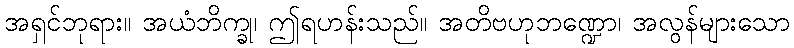
အရှင်ဘုရား။ အယံဘိက္ခု၊ ဤရဟန်းသည်။ အတိဗဟုဘဏ္ဍော၊ အလွန်များသော